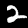
Digit: 2